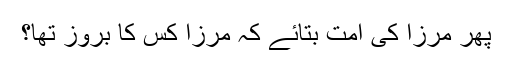
پھر مرزا کی امت بتائے کہ مرزا کس کا بروز تھا؟